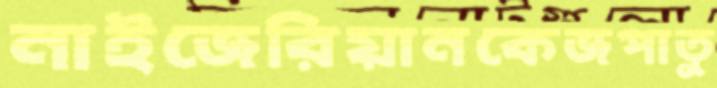
নাইজেরিয়ানকেজপাতু